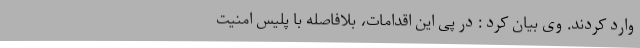
وارد کردند. وی بیان کرد : در پی این اقدامات، بلافاصله با پلیس امنیت